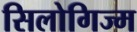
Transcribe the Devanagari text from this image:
सिलोगिज्म